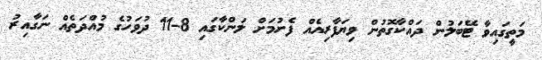
މަތީގައިވާ ޓޭބަލުން ދައްކާގޮތުން ވިޔަފާރިއެއް ފެށުމަށް ލަންކާގައި 8-11 ދުވަހުގެ މުއްދަތެއް ނަގާއިރު